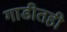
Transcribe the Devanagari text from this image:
गाडीतही